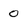
Character: 0